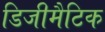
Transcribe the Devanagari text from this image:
डिजीमैटिक